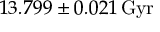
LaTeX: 1 3 . 7 9 9 \pm 0 . 0 2 1 \, \mathrm { G y r }